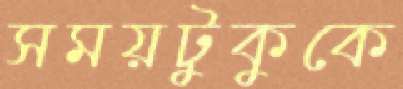
সময়টুকুকে